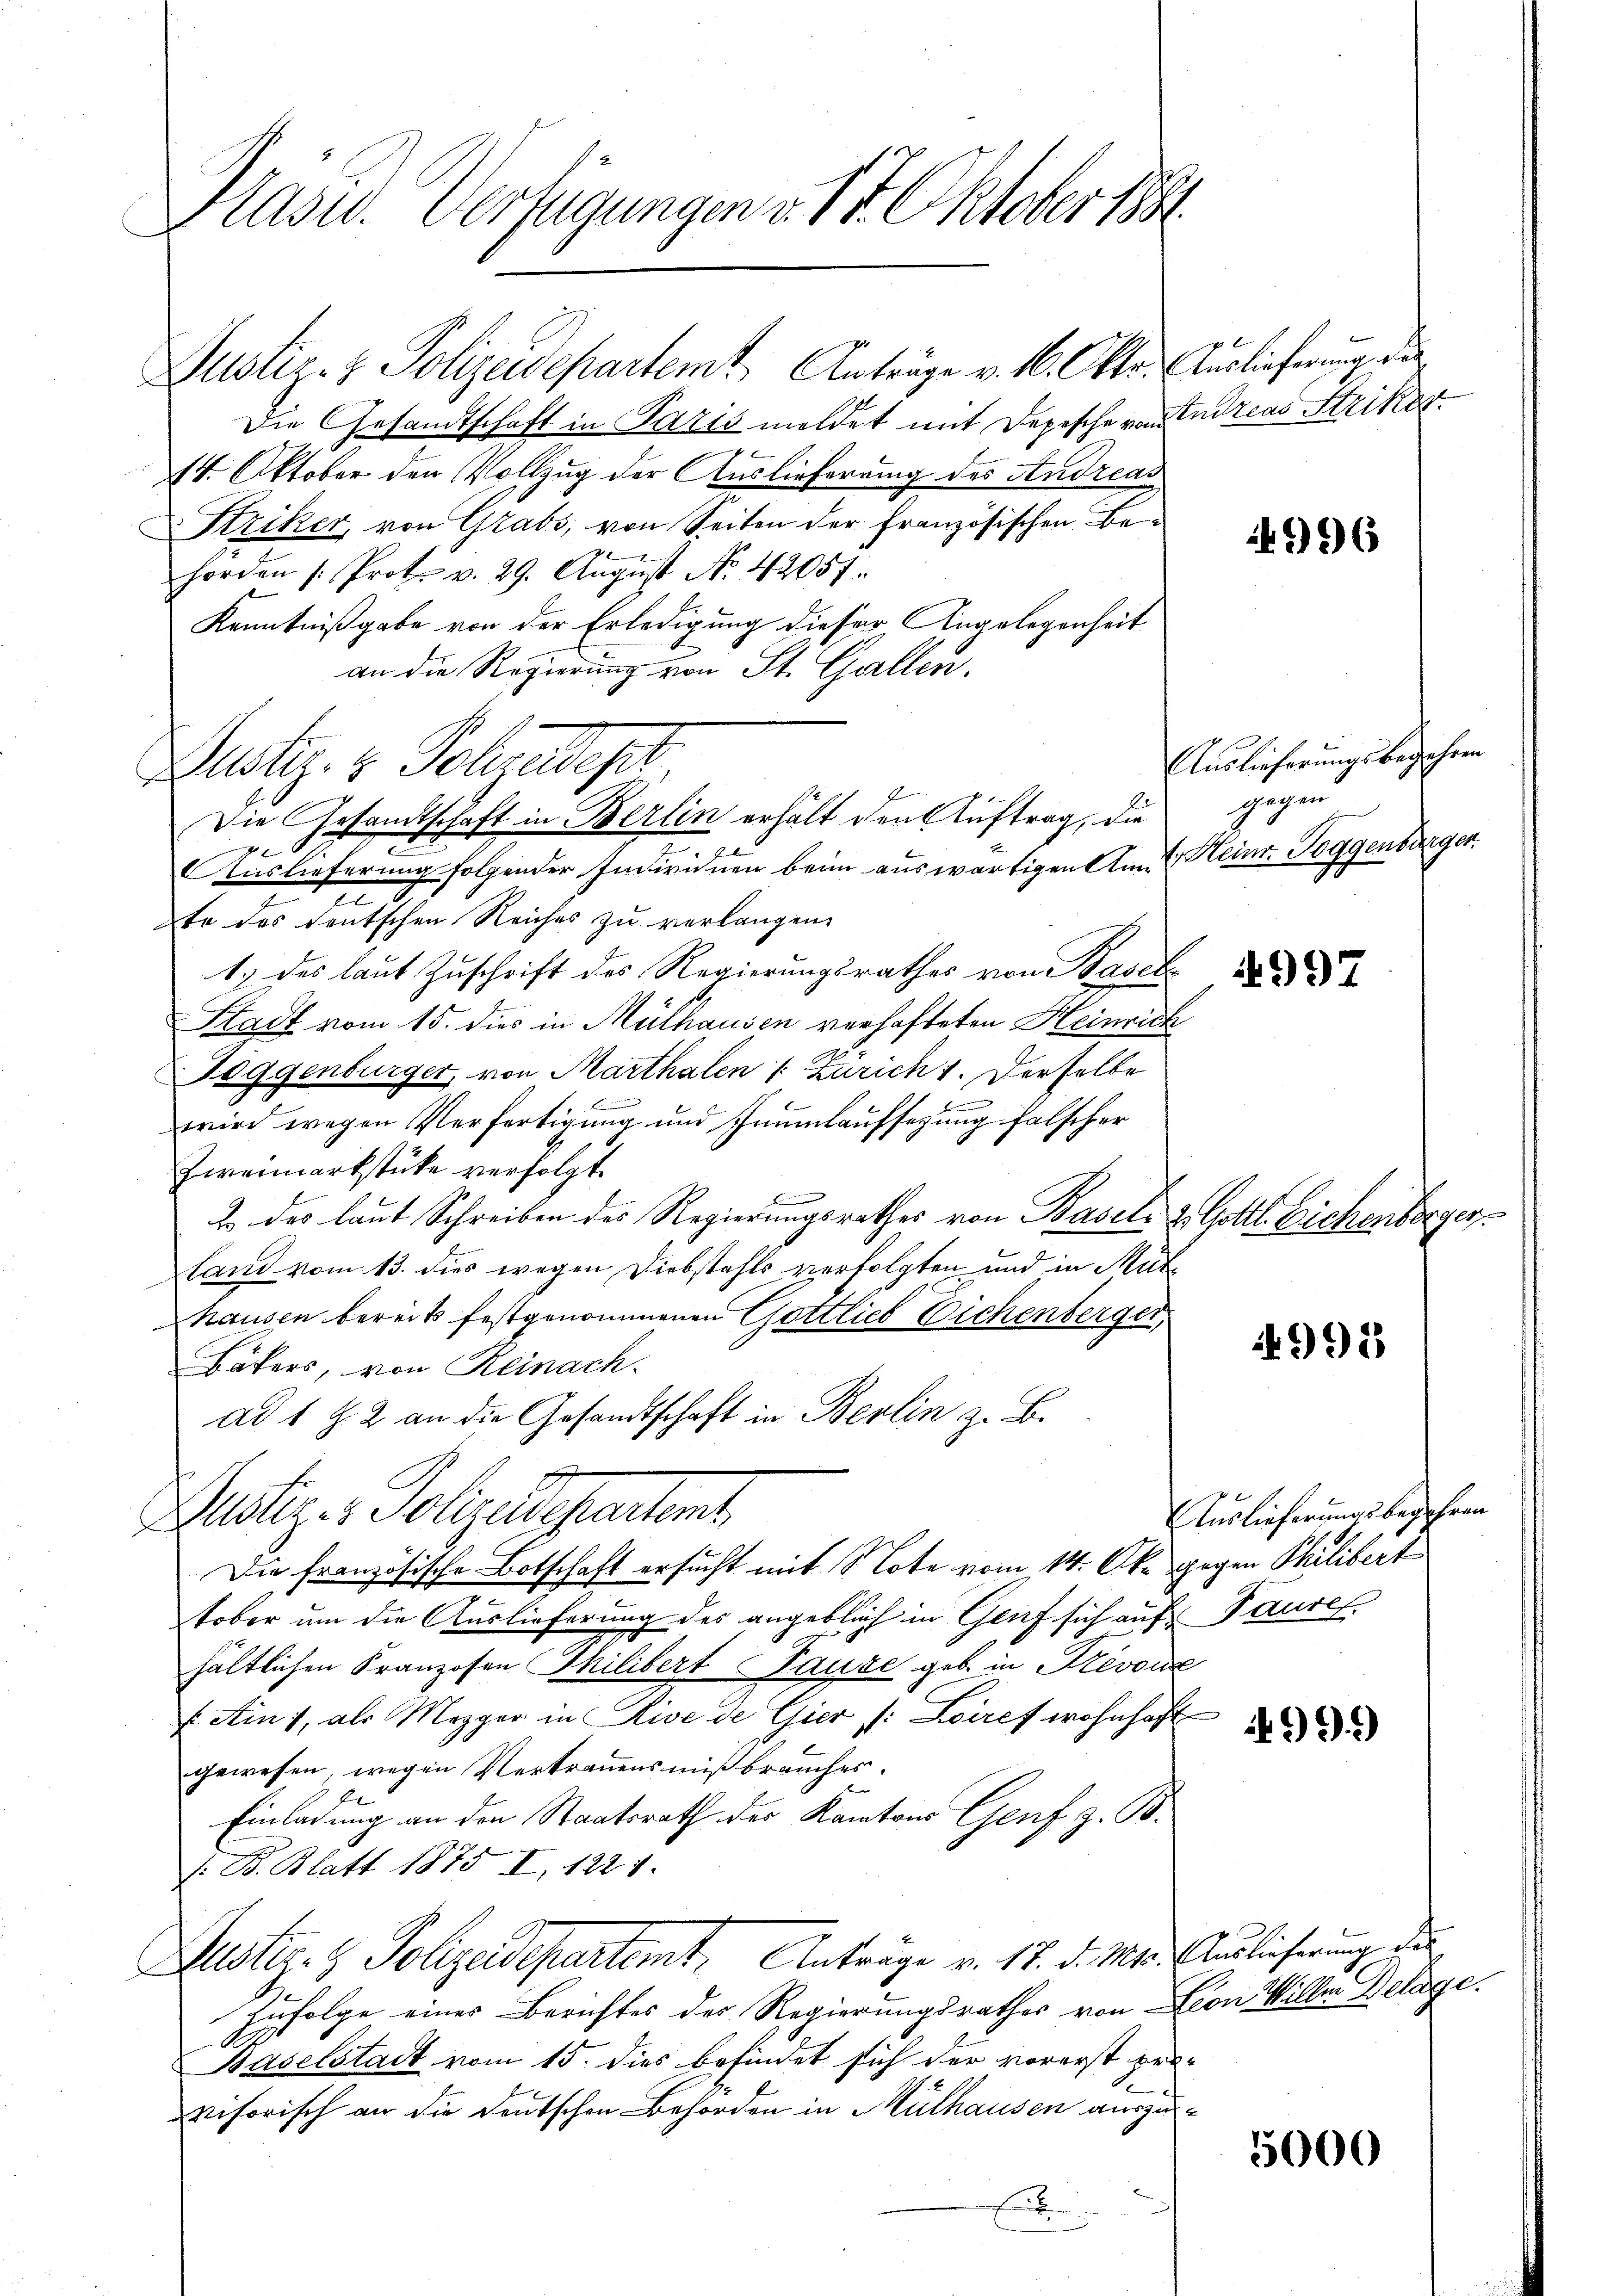
Präsid. Verfügungen u. 17. Oktober 1891

Justiz- & Polizeidepartemt. Anträge v. 1. Okto. Auslieferung des
Die Gesandtschaft in Paris meldet mit Depesche von Andreas Striker
14. Oktober den Vollzug der Auslieferung des Andreas
Striker, von Grabs, von Seiten der französischen Behorden /: Prot. v. 29. Aŭgŭst No. 42057.
Kenntnißgabe von der Erledigung dieser Angelegenheit
an die Regierung von St. Gallen.
Zustiz- & Sohnedigt
8
Auslieferung folgender Individuen beim auswärtigen Am. Heinr. Toggenbürger
te des deutschen Reiches zu verlangen.
1) des laut Zuschrift des Regierungsrathes von Basel
Stadt vom 15. dies in Mülhausen verhafteten Heinrich
Joggenbürger, von Marthalen (: Zürich 1. Derselbe
wird wegen Verfertigung und Taumlaufsezung falscher
Zweimarkstücke verfolgt.
2. des laut Schreiben des Regierungsrathes von Basel- & Gottl. Eichenberger
land vom 13. dies wegen Diebstahls verfolgten und in Mülhausen bereits festgenommenen Gottlieb Eichenberger
Bäkers, von Reinach.
ad 1 § 2 an die Gesandtschaft in Berlin z. B.
Justiz - Polyedepartent
Die französische Botschaft ersucht mit Note vom 14. Okt gegen Philibert
7
tober um die Auslieferung des angeblich in Genf sich auf Pause
hältlichen Franzosen Philibert Taube geb. in Stevon
E Ains, als Mezger in Sie de Gier (: Zoires wohnhaft
gewesen, wegen Vertrauensmißbrauches.
Einladung an den Staatsrath der Kantons Genf z. B.
/: B. Blatt 1875 I, 1221.
Justiz- & Polizeidepartemt. Anträge v. 17. d. Mts. Auslicherung des
Zufolge einer Berichtes des Regierungsrathes von Cron Willer Delage.
Baselstadt vom 15. dies befindet sich der vorerst provisorisch an die deutschen Behörden in Mülhausen auszux

Die Gesandtschaft in Berlin erhält den Auftrag, die

14996

Auslieferungsbegehren
gegen

997

4995

Auslieferungsbegehren

5000